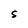
Character: S